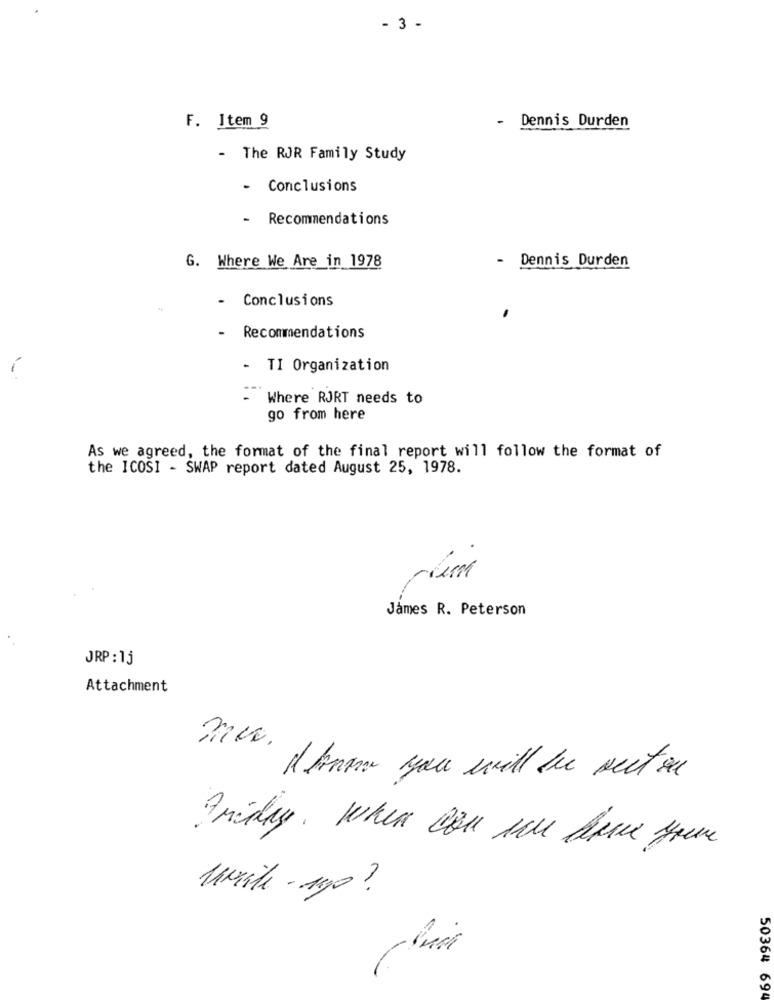
- 3 -
F. Item 9
-
Dennis Durden
- The RJR Family Study
- Conclusions
Recommendations
-
Dennis Durden
G. Where We Are in 1978
-
Conclusions
-
Recommendations
- TI Organization
- Where RJRT needs to
go from here
As we agreed, the format of the final report will follow the format of
the ICOSI - SWAP report dated August 25, 1978.
James R. Peterson
JRP:1j
Attachment
I know you will the suit ou
Friday. When con une done some
50364 69